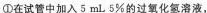
①在试管中加入5mL5%的过氧化氢溶液，